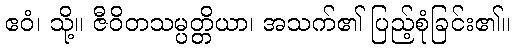
ဧဝံ၊ သို့။ ဇီဝိတသမ္ပတ္တိယာ၊ အသက်၏ ပြည့်စုံခြင်း၏။